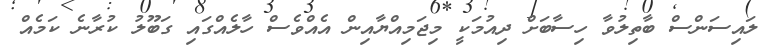
ލައިސަންސް ބާތިލުވާ ހިސާބަށް ދިއުމަކީ މިޖަމިއްޔާއިން އެއްވެސް ހާލެއްގައި ގަބޫލު ކުރާނެ ކަމެއް